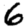
Digit: 6